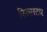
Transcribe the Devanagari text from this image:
फिल्मस्टार